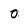
Character: 0